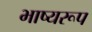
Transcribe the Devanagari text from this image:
भाष्यरूप